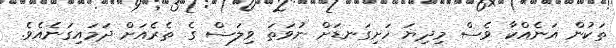
ތަކުން އަނެއްކާ ވެސް މިދިޔަ ހަށިގަނޑަށް ނުވަތަ ވިލަސް ގެ ތެރެއަށް ދަމައިގަނެއެވެ.